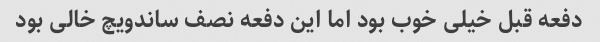
دفعه قبل خیلی خوب بود اما این دفعه نصف ساندویچ خالی بود